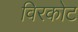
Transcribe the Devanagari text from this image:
विरकोट